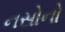
નસોનો